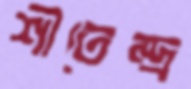
শীতেন্দ্র